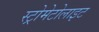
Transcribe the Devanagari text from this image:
स्ट्रोमेटोलाइट